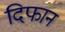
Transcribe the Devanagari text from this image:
दिफान